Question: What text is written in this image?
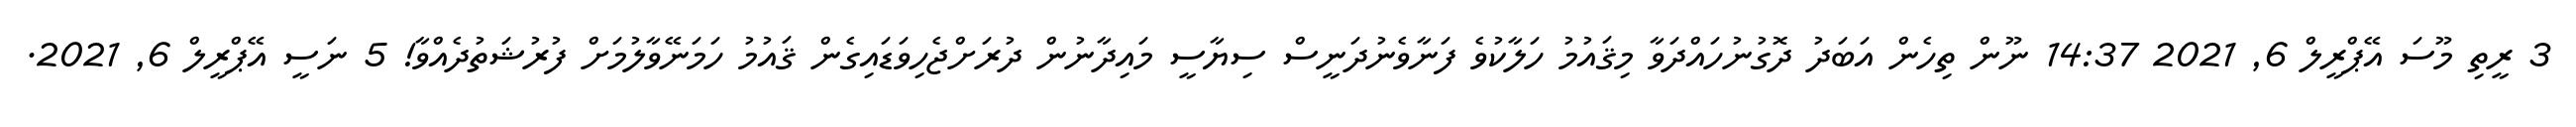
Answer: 3 ރީތި މޫސަ އޭޕްރީލް 6, 2021 14:37 ނޫން ތިހެން އަބަދު ދޮގުނުހައްދަވާ މިޤައުމު ހަލާކުވެ ފަނާވެނުދަނީސް ސިޔާސީ މައިދާނުން ދުރަށްޖެހިވަޑައިގެން ޤައުމު ހަމަނޭވާލުމަށް ފުރުޝަތުދެއްވާ! 5 ނަސީ އޭޕްރީލް 6, 2021.